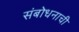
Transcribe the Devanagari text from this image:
संबोधनाची